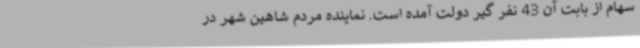
سهام از بابت آن 43 نفر گیر دولت آمده است. نماینده مردم شاهین شهر در